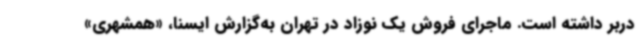
دربر داشته است. ماجرای فروش یک نوزاد در تهران به‌گزارش ایسنا، «همشهری»